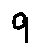
9